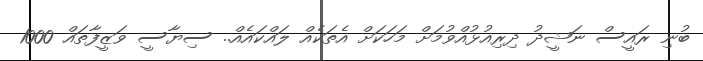
ބުނި ރައީސް ނަޝީދު ދިރިއުޅުއްވުމަށް މަހަކަށް އެތަކެއް ލައްކައެއް.. ސިޔާސީ ވަޒީފާތައް 1000